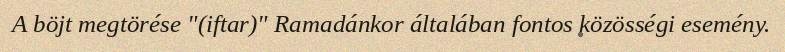
A böjt megtörése "(iftar)" Ramadánkor általában fontos közösségi esemény.